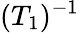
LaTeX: (T_{1})^{-1}